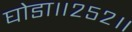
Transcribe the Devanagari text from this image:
घोडा॥२५२॥